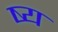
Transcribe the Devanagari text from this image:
ष्य